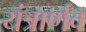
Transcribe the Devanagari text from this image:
यंत्रार्णव